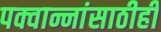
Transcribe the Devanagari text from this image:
पक्वान्नांसाठीही